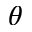
\theta